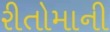
રીતોમાની